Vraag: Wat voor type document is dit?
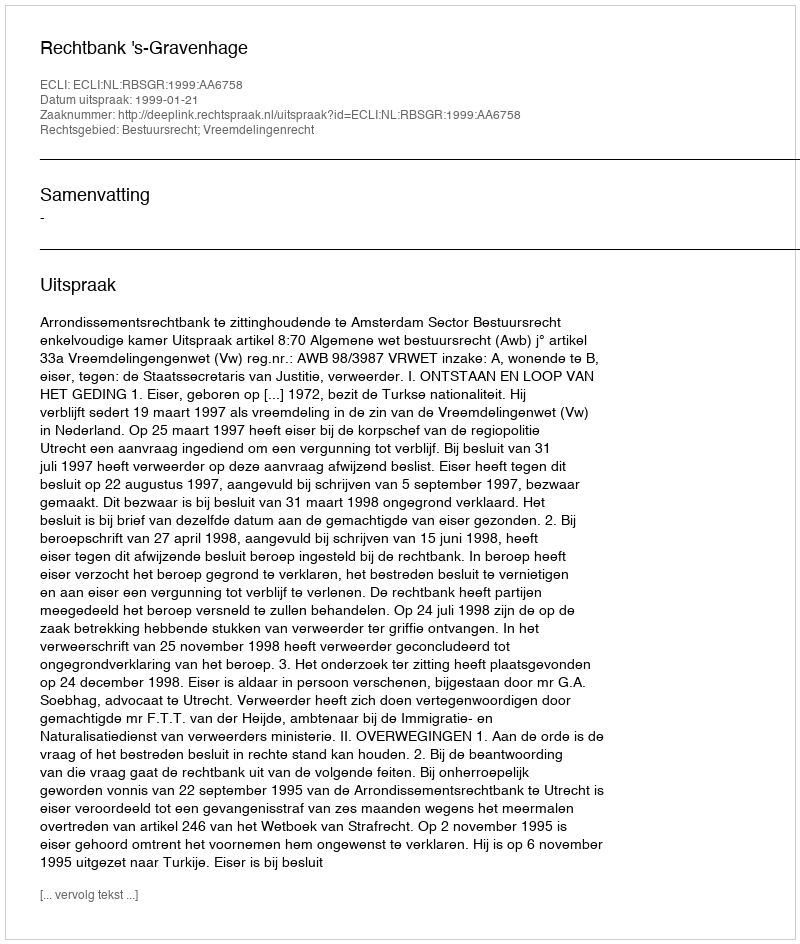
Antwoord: Uitspraak